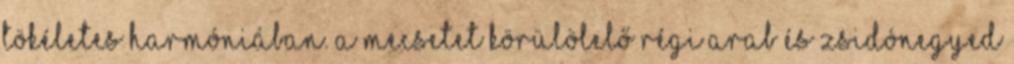
tökéletes harmóniában. A mecsetet körülölelő régi arab és zsidónegyed